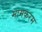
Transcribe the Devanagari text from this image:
मामकरम